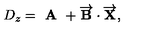
D _ { z } = \textbf { A } + \overrightarrow { \mathbf { B } } \cdot \overrightarrow { \mathbf { X } } ,